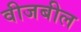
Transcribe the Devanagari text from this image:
वीजबील